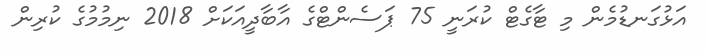
އަޅުގަނޑުމެން މި ޓާގެޓް ކުރަނީ 75 ޕަސެންޓްގެ އާބާދީއަކަށް 2018 ނިމުމުގެ ކުރިން